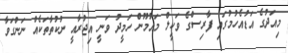
މިއަދުގެ އަޑުއެހުމުގައި ފާރިސްގެ ވަކީލް މައުމޫން ހަމީދު ވަނީ އިޖުރާއީ ނުކުތާތަކެއް ނަންގަވާ